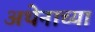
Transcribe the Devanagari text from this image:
अथेनाच्या